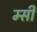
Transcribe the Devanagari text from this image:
म्सी